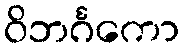
ဝိဘင်္ဂကော